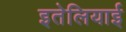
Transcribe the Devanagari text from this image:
इतेलियाई